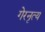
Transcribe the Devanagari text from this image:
गेरनृत्य